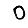
Digit: 0